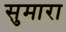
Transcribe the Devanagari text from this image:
सुमारा